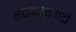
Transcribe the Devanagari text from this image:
नवयार्थवादी